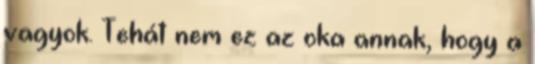
vagyok. Tehát nem ez az oka annak, hogy a